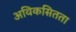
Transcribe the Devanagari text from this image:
अविकसितता